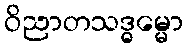
ဝိညာတသဒ္ဓမ္မော